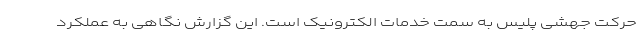
حرکت جهشی پلیس به سمت خدمات الکترونیک است. این گزارش نگاهی به عملکرد